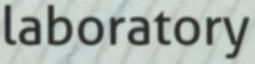
laboratory